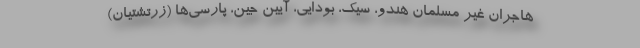
هاجران غیر مسلمان هندو، سیک، بودایی، آیین جین، پارسی‌ها (زرتشتیان)